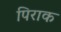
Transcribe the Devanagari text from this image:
पिराक